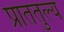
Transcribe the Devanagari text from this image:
प्रांततुल्य